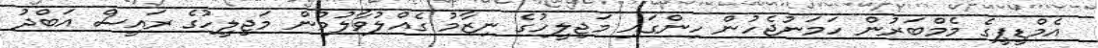
އެމްޑީޕީގެ މެމްބަރުން ހަމަނުޖެހުން ހިންގައި މަޖިލީހުގެ ނިޒާމު ގެއްލުވާލުމުން މަޖިލީހުގެ ރައީސް އަބްދު